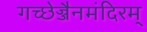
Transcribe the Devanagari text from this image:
गच्छेज्जैनमंदिरम्‌